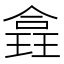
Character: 𪼉